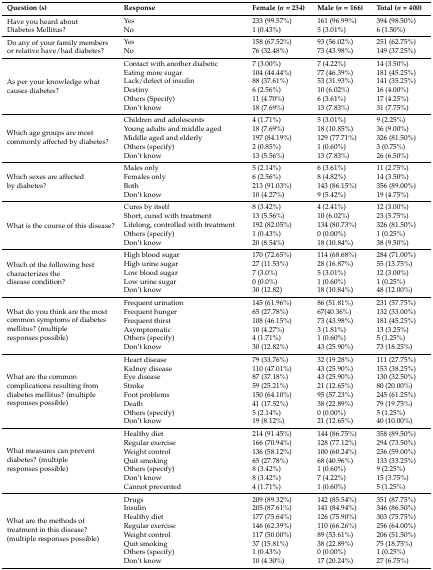
<table><thead><tr><td><b>Question (s)</b></td><td><b>Response</b></td><td><b>Female (<i>n =</i> 234)</b></td><td><b>Male (<i>n =</i> 166)</b></td><td><b>Total (<i>n =</i> 400)</b></td></tr></thead><tbody><tr><td rowspan="2">Have you heard about Diabetes Mellitus?</td><td>Yes</td><td>233 (99.57%)</td><td>161 (96.99%)</td><td>394 (98.50%)</td></tr><tr><td>No</td><td>1 (0.43%)</td><td>5 (3.01%)</td><td>6 (1.50%)</td></tr><tr><td rowspan="2">Do any of your family members or relative have/had diabetes?</td><td>Yes</td><td>158 (67.52%)</td><td>93 (56.02%)</td><td>251 (62.75%)</td></tr><tr><td>No</td><td>76 (32.48%)</td><td>73 (43.98%)</td><td>149 (37.25%)</td></tr><tr><td rowspan="6">As per your knowledge what causes diabetes?</td><td>Contact with another diabetic</td><td>7 (3.00%)</td><td>7 (4.22%)</td><td>14 (3.50%)</td></tr><tr><td>Eating more sugar</td><td>104 (44.44%)</td><td>77 (46.39%)</td><td>181 (45.25%)</td></tr><tr><td>Lack/defect of insulin</td><td>88 (37.61%)</td><td>53 (31.93%)</td><td>141 (35.25%)</td></tr><tr><td>Destiny</td><td>6 (2.56%)</td><td>10 (6.02%)</td><td>16 (4.00%)</td></tr><tr><td>Others (Specify)</td><td>11 (4.70%)</td><td>6 (3.61%)</td><td>17 (4.25%)</td></tr><tr><td>Don’t know</td><td>18 (7.69%)</td><td>13 (7.83%)</td><td>31 (7.75%)</td></tr><tr><td rowspan="5">Which age groups are most commonly affected by diabetes?</td><td>Children and adolescents</td><td>4 (1.71%)</td><td>5 (3.01%)</td><td>9 (2.25%)</td></tr><tr><td>Young adults and middle aged</td><td>18 (7.69%)</td><td>18 (10.85%)</td><td>36 (9.00%)</td></tr><tr><td>Middle aged and elderly</td><td>197 (84.19%)</td><td>129 (77.71%)</td><td>326 (81.50%)</td></tr><tr><td>Others (specify)</td><td>2 (0.85%)</td><td>1 (0.60%)</td><td>3 (0.75%)</td></tr><tr><td>Don’t know</td><td>13 (5.56%)</td><td>13 (7.83%)</td><td>26 (6.50%)</td></tr><tr><td rowspan="4">Which sexes are affected by diabetes?</td><td>Males only</td><td>5 (2.14%)</td><td>6 (3.61%)</td><td>11 (2.75%)</td></tr><tr><td>Females only</td><td>6 (2.56%)</td><td>8 (4.82%)</td><td>14 (3.50%)</td></tr><tr><td>Both</td><td>213 (91.03%)</td><td>143 (86.15%)</td><td>356 (89.00%)</td></tr><tr><td>Don’t know</td><td>10 (4.27%)</td><td>9 (5.42%)</td><td>19 (4.75%)</td></tr><tr><td rowspan="5">What is the course of this disease?</td><td>Cures by itself</td><td>8 (3.42%)</td><td>4 (2.41%)</td><td>12 (3.00%)</td></tr><tr><td>Short, cured with treatment</td><td>13 (5.56%)</td><td>10 (6.02%)</td><td>23 (5.75%)</td></tr><tr><td>Lifelong, controlled with treatment</td><td>192 (82.05%)</td><td>134 (80.73%)</td><td>326 (81.50%)</td></tr><tr><td>Others (specify)</td><td>1 (0.43%)</td><td>0 (0.00%)</td><td>1 (0.25%)</td></tr><tr><td>Don’t know</td><td>20 (8.54%)</td><td>18 (10.84%)</td><td>38 (9.50%)</td></tr><tr><td rowspan="5">Which of the following best characterizes the disease condition?</td><td>High blood sugar</td><td>170 (72.65%)</td><td>114 (68.68%)</td><td>284 (71.00%)</td></tr><tr><td>High urine sugar</td><td>27 (11.53%)</td><td>28 (16.87%)</td><td>55 (13.75%)</td></tr><tr><td>Low blood sugar</td><td>7 (3.0%)</td><td>5 (3.01%)</td><td>12 (3.00%)</td></tr><tr><td>Low urine sugar</td><td>0 (0.0%)</td><td>1 (0.60%)</td><td>1 (0.25%)</td></tr><tr><td>Don’t know</td><td>30 (12.82)</td><td>18 (10.84%)</td><td>48 (12.00%)</td></tr><tr><td rowspan="6">What do you think are the most common symptoms of diabetes mellitus? (multiple responses possible)</td><td>Frequent urination</td><td>145 (61.96%)</td><td>86 (51.81%)</td><td>231 (57.75%)</td></tr><tr><td>Frequent hunger</td><td>65 (27.78%)</td><td>67(40.36%)</td><td>132 (33.00%)</td></tr><tr><td>Frequent thirst</td><td>108 (46.15%)</td><td>73 (43.98%)</td><td>181 (45.25%)</td></tr><tr><td>Asymptomatic</td><td>10 (4.27%)</td><td>3 (1.81%)</td><td>13 (3.25%)</td></tr><tr><td>Others (specify)</td><td>4 (1.71%)</td><td>1 (0.60%)</td><td>5 (1.25%)</td></tr><tr><td>Don’t know</td><td>30 (12.82%)</td><td>43 (25.90%)</td><td>73 (18.25%)</td></tr><tr><td rowspan="8">What are the common complications resulting from diabetes mellitus? (multiple responses possible)</td><td>Heart disease</td><td>79 (33.76%)</td><td>32 (19.28%)</td><td>111 (27.75%)</td></tr><tr><td>Kidney disease</td><td>110 (47.01%)</td><td>43 (25.90%)</td><td>153 (38.25%)</td></tr><tr><td>Eye disease</td><td>87 (37.18%)</td><td>43 (25.90%)</td><td>130 (32.50%)</td></tr><tr><td>Stroke</td><td>59 (25.21%)</td><td>21 (12.65%)</td><td>80 (20.00%)</td></tr><tr><td>Foot problems</td><td>150 (64.10%)</td><td>95 (57.23%)</td><td>245 (61.25%)</td></tr><tr><td>Death</td><td>41 (17.52%)</td><td>38 (22.89%)</td><td>79 (19.75%)</td></tr><tr><td>Others (specify)</td><td>5 (2.14%)</td><td>0 (0.00%)</td><td>5 (1.25%)</td></tr><tr><td>Don’t know</td><td>19 (8.12%)</td><td>21 (12.65%)</td><td>40 (10.00%)</td></tr><tr><td rowspan="7">What measures can prevent diabetes? (multiple responses possible)</td><td>Healthy diet</td><td>214 (91.45%)</td><td>144 (86.75%)</td><td>358 (89.50%)</td></tr><tr><td>Regular exercise</td><td>166 (70.94%)</td><td>128 (77.12%)</td><td>294 (73.50%)</td></tr><tr><td>Weight control</td><td>136 (58.12%)</td><td>100 (60.24%)</td><td>236 (59.00%)</td></tr><tr><td>Quit smoking</td><td>65 (27.78%)</td><td>68 (40.96%)</td><td>133 (33.25%)</td></tr><tr><td>Others (specify)</td><td>8 (3.42%)</td><td>1 (0.60%)</td><td>9 (2.25%)</td></tr><tr><td>Don’t know</td><td>8 (3.42%)</td><td>7 (4.22%)</td><td>15 (3.75%)</td></tr><tr><td>Cannot prevented</td><td>4 (1.71%)</td><td>1 (0.60%)</td><td>5 (1.25%)</td></tr><tr><td rowspan="8">What are the methods of treatment in this disease? (multiple responses possible)</td><td>Drugs</td><td>209 (89.32%)</td><td>142 (85.54%)</td><td>351 (87.75%)</td></tr><tr><td>Insulin</td><td>205 (87.61%)</td><td>141 (84.94%)</td><td>346 (86.50%)</td></tr><tr><td>Healthy diet</td><td>177 (75.64%)</td><td>126 (75.90%)</td><td>303 (75.75%)</td></tr><tr><td>Regular exercise</td><td>146 (62.39%)</td><td>110 (66.26%)</td><td>256 (64.00%)</td></tr><tr><td>Weight control</td><td>117 (50.00%)</td><td>89 (53.61%)</td><td>206 (51.50%)</td></tr><tr><td>Quit smoking</td><td>37 (15.81%)</td><td>38 (22.89%)</td><td>75 (18.75%)</td></tr><tr><td>Others (specify)</td><td>1 (0.43%)</td><td>0 (0.00%)</td><td>1 (0.25%)</td></tr><tr><td>Don’t know</td><td>10 (4.30%)</td><td>17 (20.24%)</td><td>27 (6.75%)</td></tr></tbody></table>